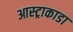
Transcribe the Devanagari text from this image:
आस्ट्राकाडा